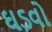
ઘડવો